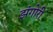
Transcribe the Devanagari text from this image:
झंगोरी